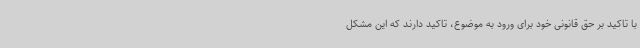
با تاکید بر حق قانونی خود برای ورود به موضوع، تاکید دارند که این مشکل